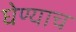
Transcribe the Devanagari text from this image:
घेण्याच